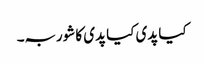
کیا پدی کیا پدی کا شوربہ۔